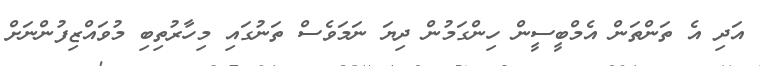
އަދި އެ ތަންތަން އެމްބީސީން ހިންގަމުން ދިޔަ ނަމަވެސް ތަނުގައި މިހާރުތިބި މުވައްޒިފުންނަށް